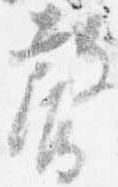
声